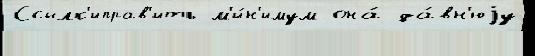
Ссылк'иправ'ить м'и́н'имум она́ да́вн'юjу